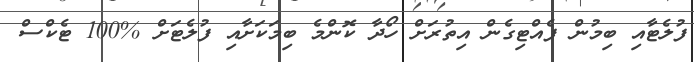
ފުލެޓާއި ބިމުން ފެއްޓިގެން އިތުރަށް ހޯދާ ކޮންމެ ބިމަކަށާއި ފުލެޓަށް %100 ޓެކްސް